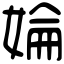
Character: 婨